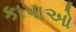
કાપાઓ